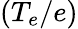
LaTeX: (T_{e}/e)